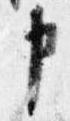
申